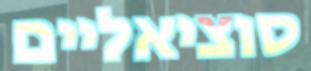
סוציאליים